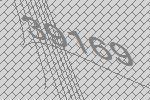
39169